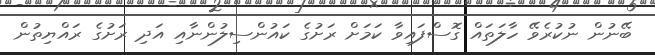
ބޭނުން ނުކުރެވޭ ހާލަތައް ގޮސްފައިވާ ކަމަށް ރަށުގެ ކައުންސިލުންނާއި އަދި ރަށުގެ ރައްޔިތުން